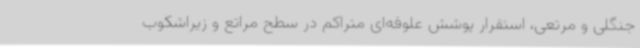
جنگلی و مرتعی، استقرار پوشش علوفه‌ای متراکم در سطح مراتع و زیراشکوب